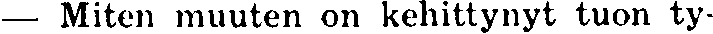
— Miten muuten on kehittynyt tuon ty-